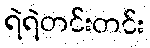
ရဲရဲတင်းတင်း